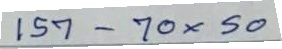
157 - 70 x 50